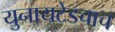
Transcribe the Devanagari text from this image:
युनायटेडचाच